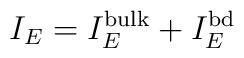
I_E = I_E^{\mathrm{bulk}} + I_E^{\mathrm{bd}}